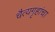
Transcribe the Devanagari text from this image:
चैत्यगृहांचा